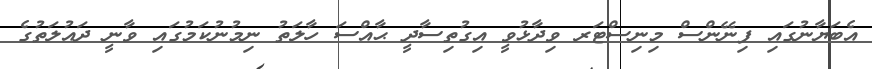
އެބަޔާނުގައި ފިނޭންސް މިނިސްޓަރ ވިދާޅުވީ އިގުތިސާދީ ޙާއްސަ ހާލަތު ނިމުނުކަމުގައި ވާނީ ދައުލަތުގެ